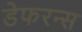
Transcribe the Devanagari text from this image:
डेफरन्स